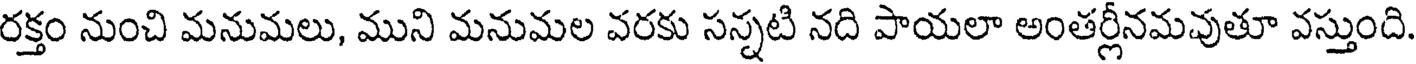
రక్తం నుంచి మనుమలు, ముని మనుమల వరకు సన్నటి నది పాయలా అంతర్లీనమవుతూ వస్తుంది